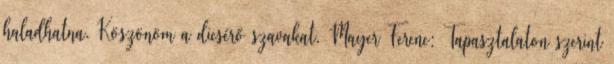
haladhatna. Köszönöm a dicsérő szavakat. Mayer Ferenc: Tapasztalaton szerint